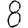
Digit: 8